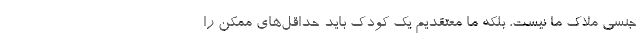
جنسی ملاک ما نیست، بلکه ما معتقدیم یک کودک باید حداقل‌های ممکن را